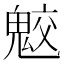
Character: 𩲻